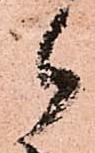
郎